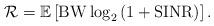
LaTeX: \begin{align*}\mathcal{R}=\mathbb{E}\left[{{\rm BW}} \log_2 \left(1+{\rm SINR} \right)\right].\end{align*}